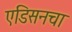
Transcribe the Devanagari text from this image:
एडिसनचा